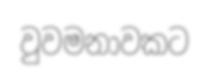
වුවමනාවකට